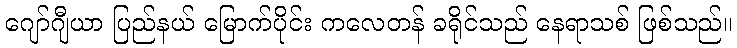
ဂျော်ဂျီယာ ပြည်နယ် မြောက်ပိုင်း ကလေတန် ခရိုင်သည် နေရာသစ် ဖြစ်သည်။